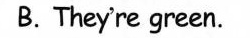
B.They're green.